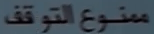
منوع التوقف